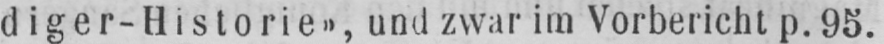
diger-Historie», und zwar im Vorbericht p. 95.